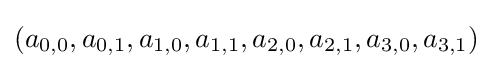
(a_{0,0},a_{0,1},a_{1,0},a_{1,1},a_{2,0},a_{2,1},a_{3,0},a_{3,1})